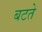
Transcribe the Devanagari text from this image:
बटते